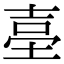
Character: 𡌬